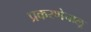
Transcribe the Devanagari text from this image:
प्रकरणेचालू